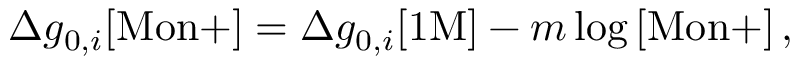
\Delta g _ { 0 , i } [ \mathrm { M o n + } ] = \Delta g _ { 0 , i } [ \mathrm { 1 M } ] - m \log { [ \mathrm { M o n + } ] } \, ,